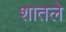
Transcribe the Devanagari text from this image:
शातले